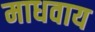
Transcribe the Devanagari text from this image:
माधवाय